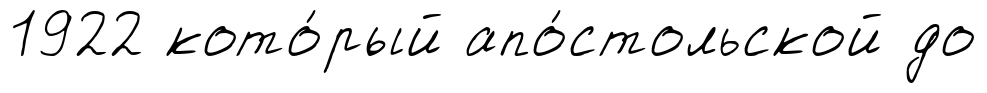
1922 кото́рый апо́стольской до